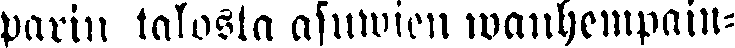
parin talosta asuwien wanhempain-